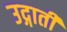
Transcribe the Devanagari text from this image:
उद्गाती